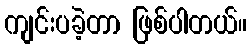
ကျင်းပခဲ့တာ ဖြစ်ပါတယ်။